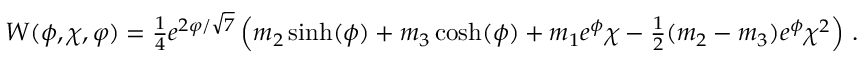
W ( \phi , \chi , \varphi ) = { \textstyle { \frac { 1 } { 4 } } } e ^ { 2 \varphi / \sqrt { 7 } } \left( m _ { 2 } \sinh ( \phi ) + m _ { 3 } \cosh ( \phi ) + m _ { 1 } e ^ { \phi } \chi - { \textstyle { \frac { 1 } { 2 } } } ( m _ { 2 } - m _ { 3 } ) e ^ { \phi } \chi ^ { 2 } \right) \, .